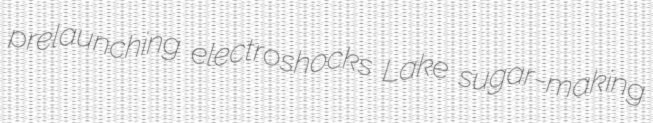
prelaunching electroshocks Lake sugar-making